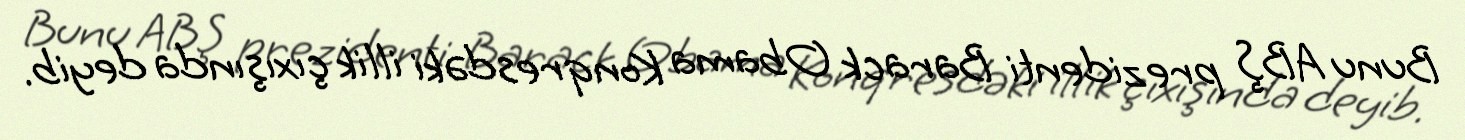
Bunu ABŞ prezidenti Barack Obama Konqresdəki illik çıxışında deyib.